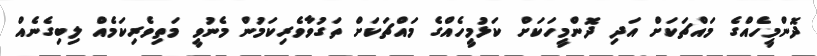
ދޮންމީހެއްގެ މައްޗަކަށް އަދި ދޮންމީހަކަށް ކަޅުމީހެއްގެ މައްޗަކަށް ތަގުވާވެރިކަމުން މެނުވީ މަތިވެރިކަމެއް ލިބިގެނެއް